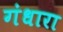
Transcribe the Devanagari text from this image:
गंधारा